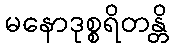
မနောဒုစ္စရိတန္တိ